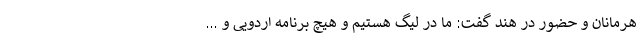
هرمانان و حضور در هند گفت: ما در لیگ هستیم و هیچ برنامه اردویی و ...